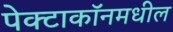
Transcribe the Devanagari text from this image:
पेक्टाकॉनमधील